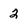
Character: 2